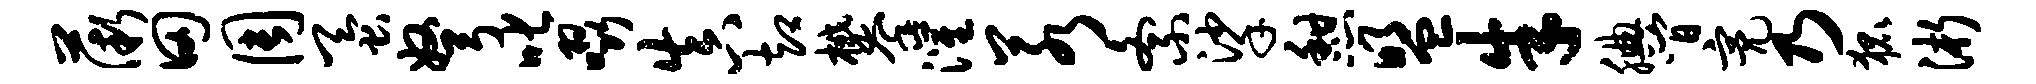
薇田周蚕弩叱啜真却攀灌若紊挲憩盟朱腆间亮乃狐浙